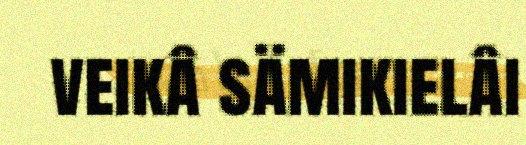
veikâ sämikielâi